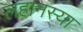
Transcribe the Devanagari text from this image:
लहानस्या